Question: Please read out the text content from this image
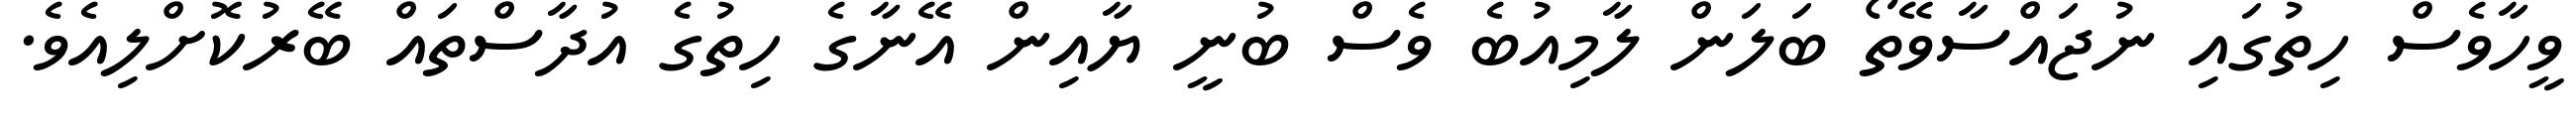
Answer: ވީހާވެސް ހިތުގައި ނުޖައްސާވޭތޯ ބަލަން ލާމިއުބެ ވެސް ބުނީ ޔާއިން އޭނާގެ ހިތުގެ އުދާސްތައް ބޭރުކޮށްލިއެވެ.